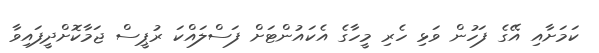
ކަމަށާއި އޭގެ ފަހުން ވަޅި ހެރި މީހާގެ އެކައުންޓަށް ފަސްލައްކަ ރުޕީސް ޖަމާކޮށްދީފައިވާ